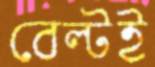
বেল্টই